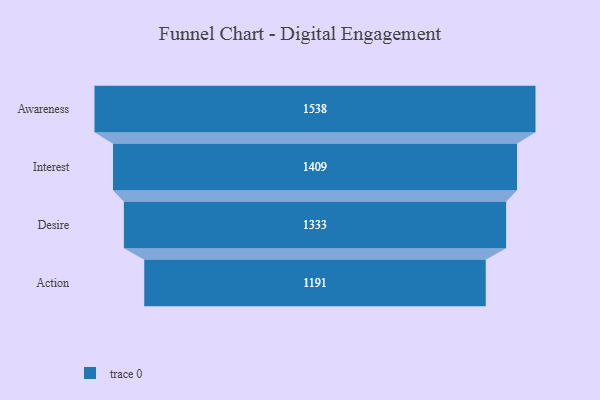
{"axis": {"x": "Stage", "y": "Value"}, "legend": [""], "data": [{"x": "Awareness", "y": 1538.0, "type": ""}, {"x": "Interest", "y": 1409.0, "type": ""}, {"x": "Desire", "y": 1333.0, "type": ""}, {"x": "Action", "y": 1191.0, "type": ""}]}